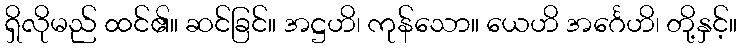
ရှိလိုမည် ထင်၏။ ဆင်ခြင်။ အဋ္ဌဟိ၊ ကုန်သော။ ယေဟိ အင်္ဂေဟိ၊ တို့နှင့်။